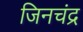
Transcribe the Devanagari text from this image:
जिनचंद्र